Annual report of the Prince of Wales Medical College, Patna
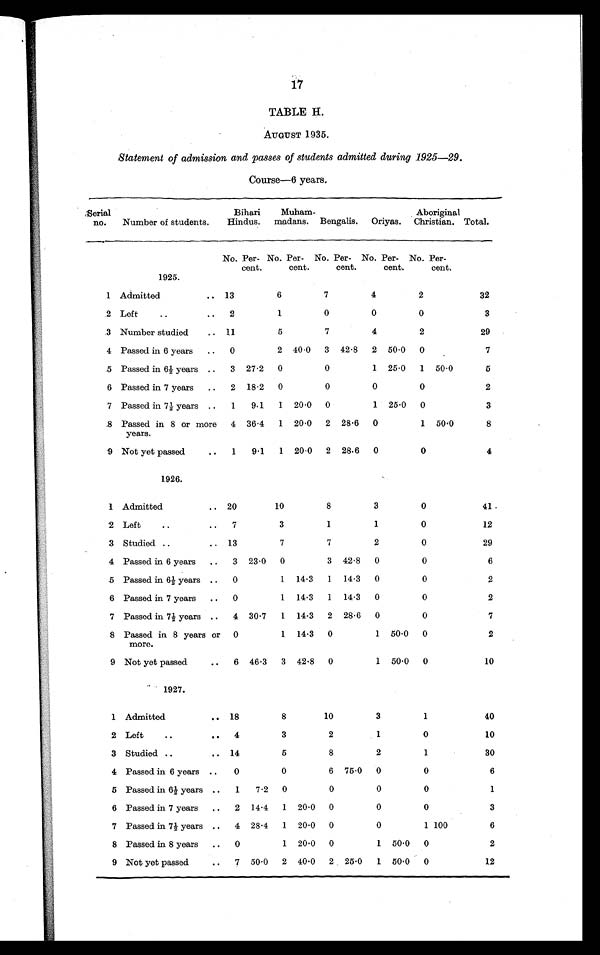
17
TABLE H.
AUGUST 1935.
Statement of admission and passes of students admitted during 1925—29.
Course—6 years.
Serial
no.
Number of students.
Bihari
Hindus.
Muham-
madans. Bengalis.
Oriyas.
Aboriginal
Christian. Total.
No. Per-
cent.
No. Per-
cent.
No. Per-
cent.
No. Per-
cent.
No. Per-
cent.
1925.
1 Admitted
.. 13
6
7
4
2
32
2 Left
..
..
2
1
0
0
0
3
3 Number studied
.. 11
5
7
4
2
29
4 Passed in 6 years
..
0
2 40.0
3 42.8
2 50.0
0
7
5 Passed in 6 ½ years ..
3 27.2
0
0
1 25.0
1
50.0
5
6 Passed in 7 years
..
2 18.2
0
0
0
0
2
7 Passed in 7 ½ years ..
1
9.1
1
20.0
0
1
25.0
0
3
8 Passed in 8 or more
years.
4 36.4
1 20.0
2 28.6
0
1 50.0
8
9 Not yet passed
..
1
9.1
1 20.0
2 28.6
0
0
4
1926.
1 Admitted
.. 20
10
8
3
0
41
2 Left
..
..
7
3
1
1
0
12
3 Studied ..
.. 13
7
7
2
0
29
4 Passed in 6 years
..
3 23.0
0
3 42.8
0
0
6
5 Passed in 6 ½ years ..
0
1
14.3
1
14.3
0
0
2
6 Passed in 7 years
..
0
1
14.3
1
14.3
0
0
2
7 Passed in 7 ½ years ..
4 30.7
1
14.3
2 28.6
0
0
7
8 Passed in 8 years or
more.
0
1
14.3
0
1 50.0
0
2
9 Not yet passed
..
6 46.3
3 42.8
0
1 50.0
0
10
1927.
1 Admitted
.. 18
8
10
3
1
40
2 Left
..
..
4
3
2
1
0
10
3 Studied ..
.. 14
5
8
2
1
30
4 Passed in 6 years ..
0
0
6 75.0
0
0
6
5 Passed in 6 ½ years
..
1
7.2
0
0
0
0
1
6 Passed in 7 years
..
2
14.4
1
20.0
0
0
0
3
7 Passed in 7 ½ years ..
4 28.4
1
20.0
0
0
1 100
6
8 Passed in 8 years
..
0
1 20.0
0
1 50.0
0
2
9 Not yet passed
..
7 50.0
2 40.0
2 25.0
1 50.0
0
12